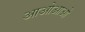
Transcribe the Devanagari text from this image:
आओआओ